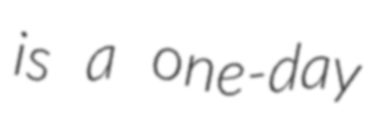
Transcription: is a one-day